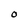
Character: o